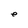
Character: S